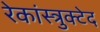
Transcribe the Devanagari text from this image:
रेकांस्त्रुक्टेद